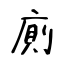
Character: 廁